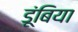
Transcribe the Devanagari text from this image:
डूंबिया